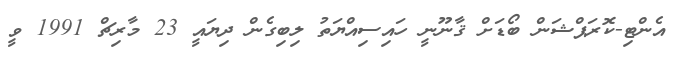
އެންޓި-ކޮރަޕްޝަން ބޯޑަށް ޤާނޫނީ ހައިސިއްޔަތު ލިބިގެން ދިޔައީ 23 މާރިޗް 1991 ވީ